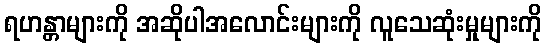
ရဟန္တာများကို အဆိုပါအလောင်းများကို လူသေဆုံးမှုများကို